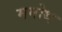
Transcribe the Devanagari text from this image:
ममोथ